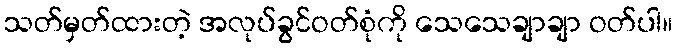
သတ်မှတ်ထားတဲ့ အလုပ်ခွင်ဝတ်စုံကို သေသေချာချာ ဝတ်ပါ။